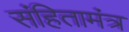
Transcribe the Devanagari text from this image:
संहितामंत्र